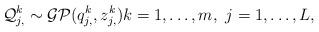
LaTeX: \begin{align*}\begin{aligned} \mathcal{Q}_{j,}^k \sim \mathcal{GP} (q_{j,}^k, z_{j,}^k) & k=1, \ldots, m,\ j=1, \ldots, L,\end{aligned}\end{align*}